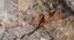
عقوبتك